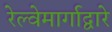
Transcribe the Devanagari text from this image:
रेल्वेमार्गाद्वारे